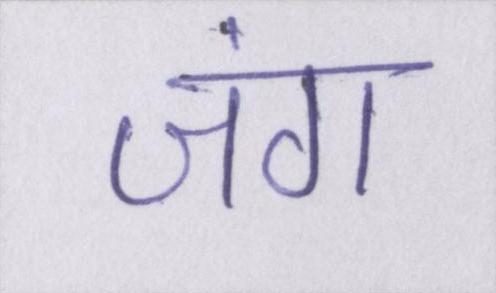
जंग